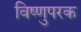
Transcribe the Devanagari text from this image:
विष्णुपरक